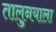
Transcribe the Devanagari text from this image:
तालु्नयाला